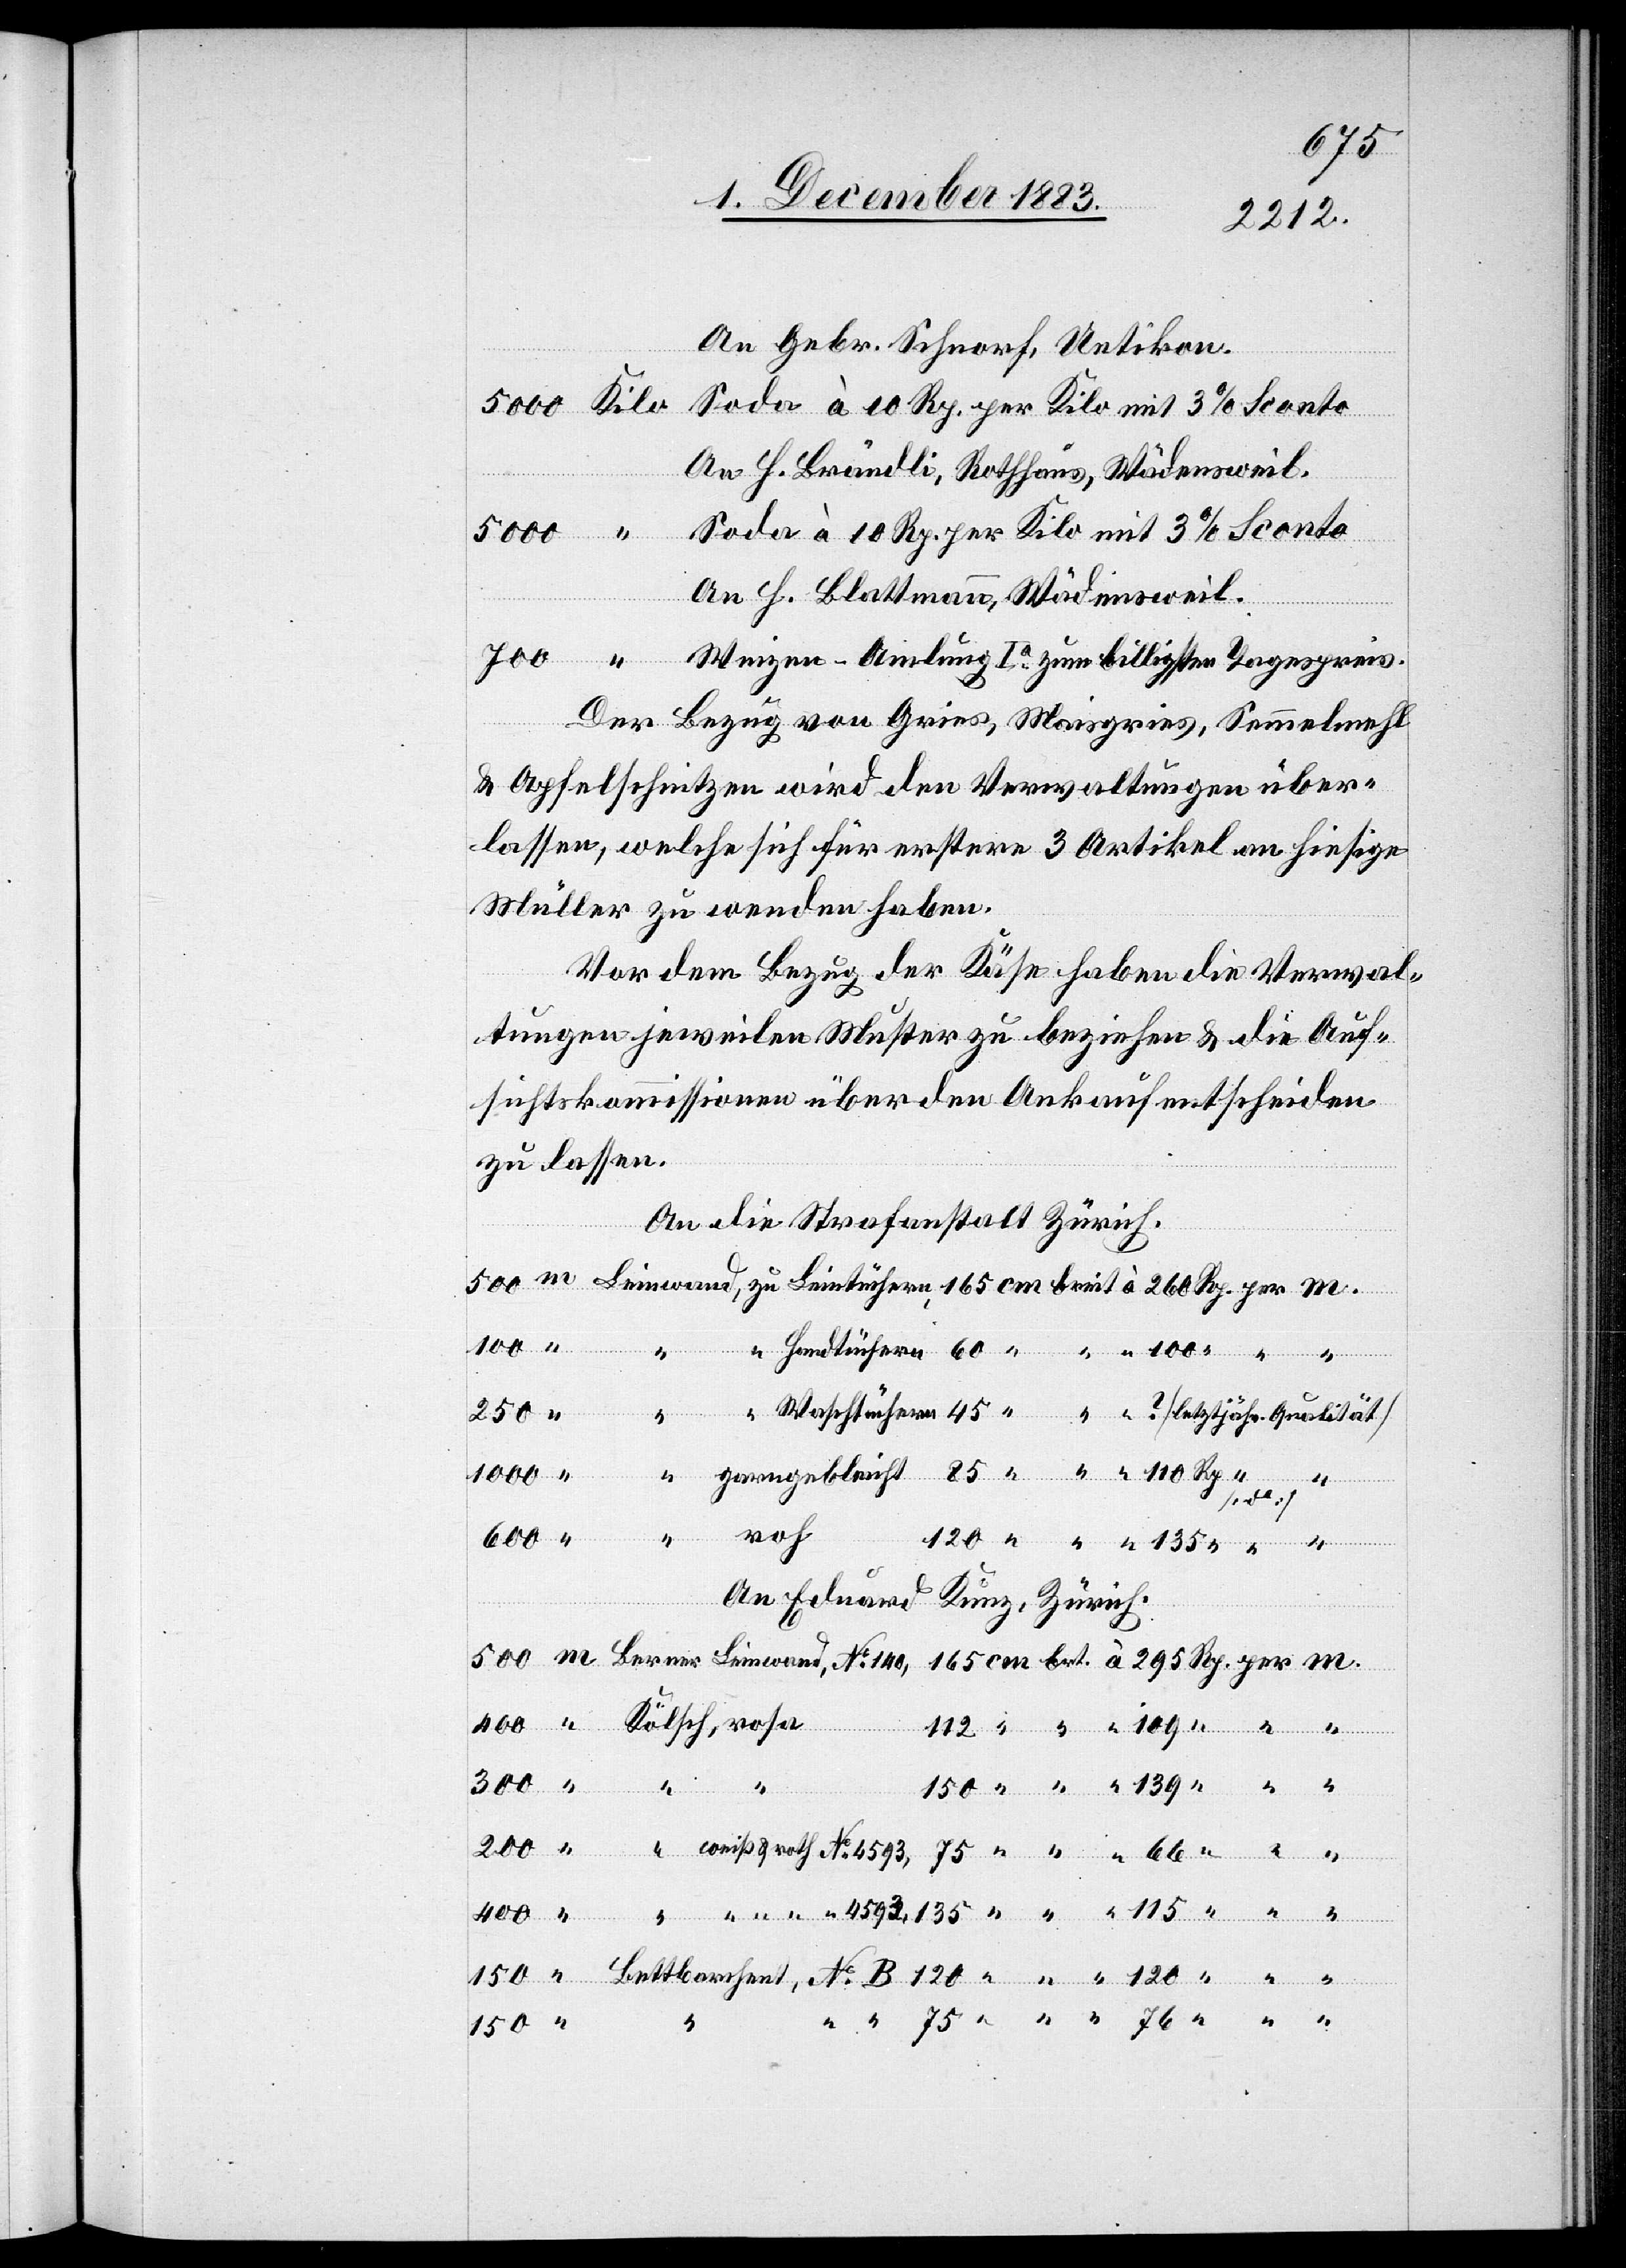
115
No B
An Gebr. Schnorf, Uetikon.
An H. Brändli, Rathhaus, Wädensweil.
An H. Blattman, Wädensweil.
Weizen-Amlung Ia zum billigsten Tagespreis.
Der Bezug von Gries, Maisgries, Semmelmehl
& Apfelschnitzen wird den Verwaltungen über¬
lassen, welche sich für erstere 3 Artikel an hiesige
Müller zu wenden haben.
Vor dem Bezug der Käse haben die Verwal¬
tungen jeweilen Muster zu beziehen & die Auf¬
sichtskommissionen über den Ankauf entscheiden
zu lassen.
An die Strafanstalt Zürich.
1000
Leinwand,
Bettbarchent,
An Eduard Kunz, Zürich.
per
“
150